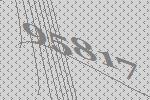
95817